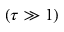
( \tau \gg 1 )